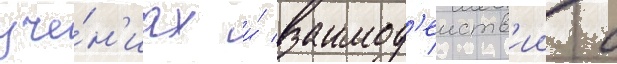
уче́н'иах и́ взаимод'еиств'ии с